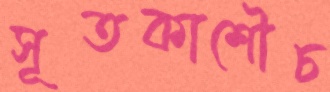
সূতকাশৌচ